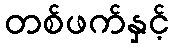
တစ်ဖက်နှင့်